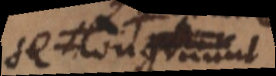
se congruunt